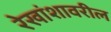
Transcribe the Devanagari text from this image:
रेखांशावरील